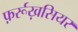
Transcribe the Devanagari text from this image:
फ़र्रूख़सियर